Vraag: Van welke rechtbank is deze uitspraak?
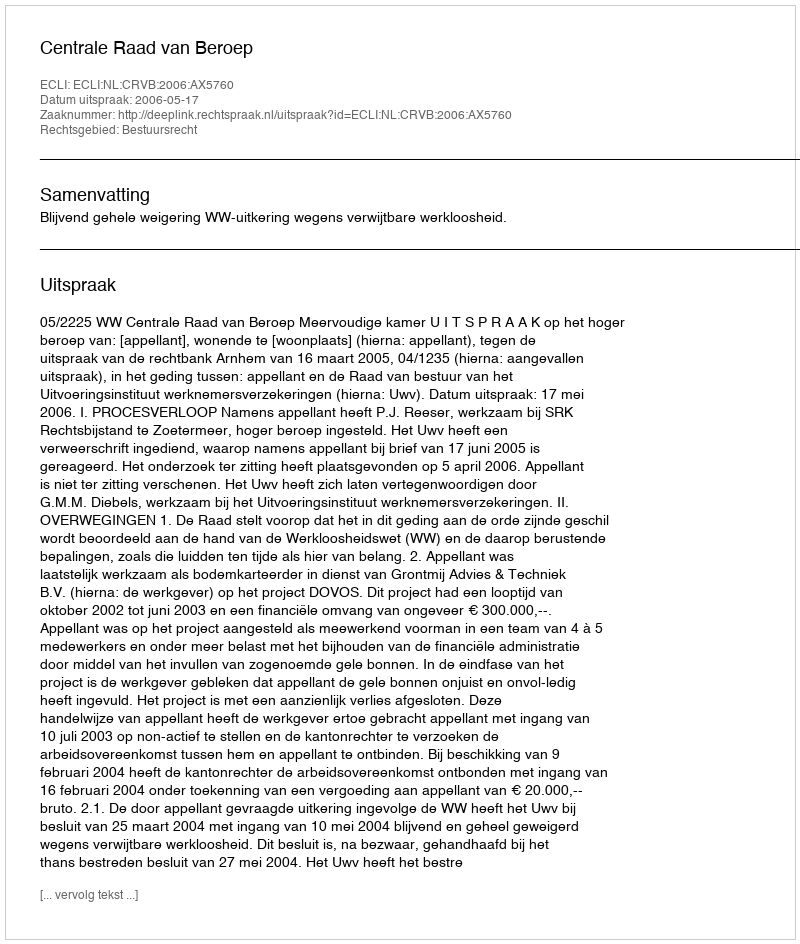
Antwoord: Centrale Raad van Beroep